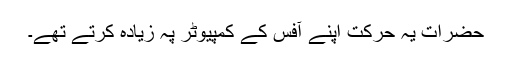
حضرات یہ حرکت اپنے آفس کے کمپیوٹر پہ زیادہ کرتے تھے۔